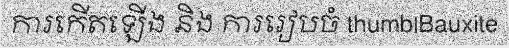
ការកើតឡើង និង ការរៀបចំ thumb|Bauxite